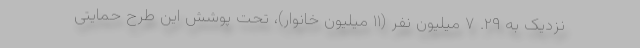
نزدیک به ۲۹. ۷ میلیون نفر (۱۱ میلیون خانوار)، تحت پوشش این طرح حمایتی